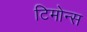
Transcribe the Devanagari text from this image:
टिमोन्स